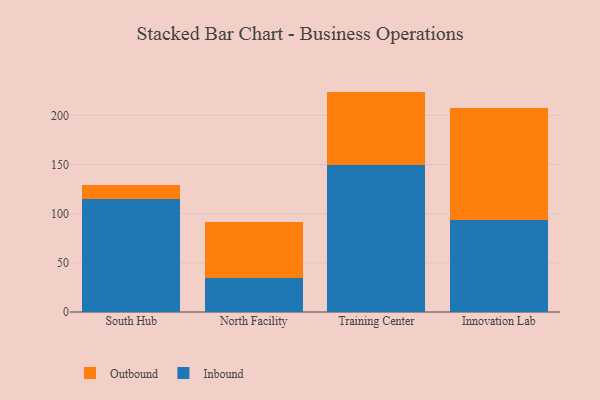
{"axis": {"x": "Campus", "y": "Market Share (%)"}, "legend": ["Inbound", "Outbound"], "data": [{"x": "South Hub", "y": 114.9, "type": "Inbound"}, {"x": "South Hub", "y": 14.7, "type": "Outbound"}, {"x": "North Facility", "y": 35.0, "type": "Inbound"}, {"x": "North Facility", "y": 56.3, "type": "Outbound"}, {"x": "Training Center", "y": 149.4, "type": "Inbound"}, {"x": "Training Center", "y": 74.7, "type": "Outbound"}, {"x": "Innovation Lab", "y": 93.3, "type": "Inbound"}, {"x": "Innovation Lab", "y": 114.2, "type": "Outbound"}]}